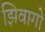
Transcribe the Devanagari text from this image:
झिवागो